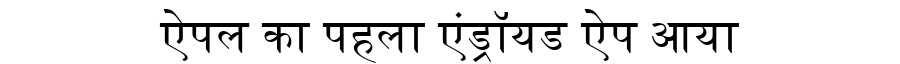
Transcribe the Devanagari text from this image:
ऐपल का पहला एंड्रॉयड ऐप आया